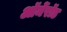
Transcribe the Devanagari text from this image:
ऑर्मेरॉड